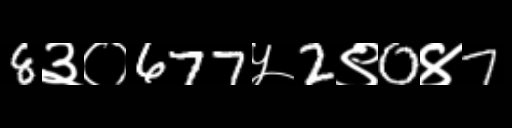
Text: 8३०677५2९0४7